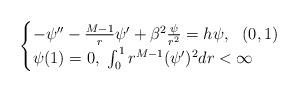
LaTeX: \begin{align*}\begin{cases}-\psi'' - \frac{M-1}{r}\psi' +\beta^2\frac{\psi}{r^2}=h\psi, \ \ (0,1)\\\psi(1)=0,\ \int_0^1 r^{M-1}(\psi')^2dr < \infty\end{cases}\end{align*}